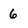
Character: 6